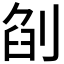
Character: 𠜼